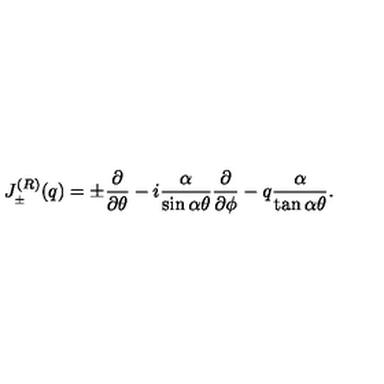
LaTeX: J _ { _ { \pm } } ^ { ( R ) } ( q ) = \pm \frac { \partial } { \partial \theta } - i \frac { \alpha } { \sin \alpha \theta } \frac { \partial } { \partial \phi } - q \frac { \alpha } { \tan \alpha \theta } .